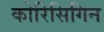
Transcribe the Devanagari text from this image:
कोरिसिगिन